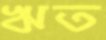
ঋত